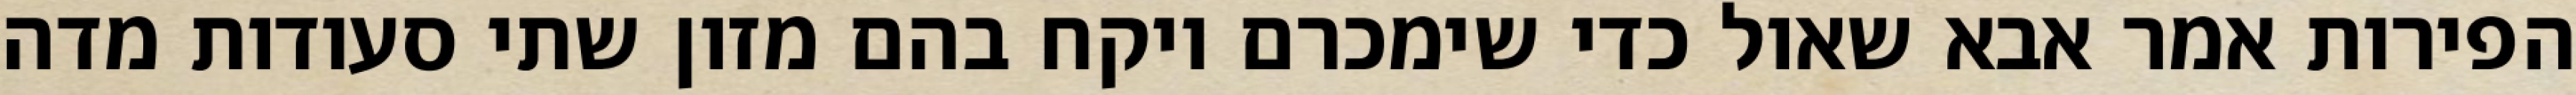
הפירות אמר אבא שאול כדי שימכרם ויקח בהם מזון שתי סעודות מדה